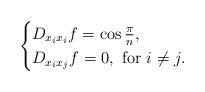
LaTeX: \begin{align*}\begin{cases}D_{x_i x_i}f=\cos \frac{\pi}{n},\\D_{x_i x_j}f=0,\ \mbox{for} \ i \neq j.\end{cases}\end{align*}